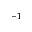
^ { - 1 }